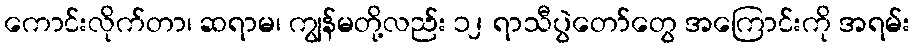
ကောင်းလိုက်တာ၊ ဆရာမ၊ ကျွန်မတို့လည်း ၁၂ ရာသီပွဲတော်တွေ အကြောင်းကို အရမ်း